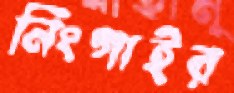
নিংগাইর